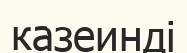
казеинді